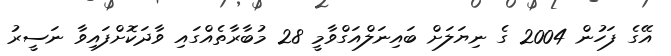
އޭގެ ފަހުން 2004 ގެ ނިޔަލަށް ބައިނަލްއަގްވާމީ 28 މުބާރާތެއްގައި ވާދަކޮށްފައިވާ ނަސީރު